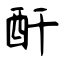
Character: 酐